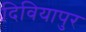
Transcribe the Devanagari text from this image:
दिवियापुर